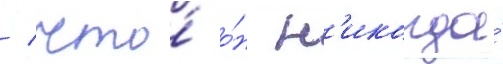
/ что́ о́н н'икогда́